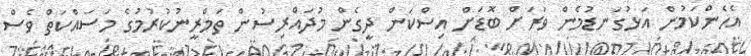
އެހެންކަމުން އަޅުގަނޑުމެން ވަރަށް ބޮޑަށް އިސްކަން ދީގެން މުދައްރިސުން ތަމްރީނުކުރުމުގެ މަސައްކަތް ވެސް